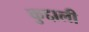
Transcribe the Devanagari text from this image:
कुद्दाली